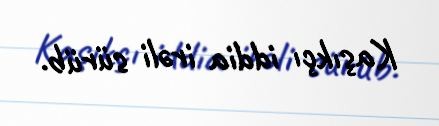
Kaşıkçı iddia irəli sürüb.